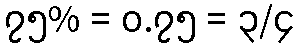
၇၅% = ၀.၇၅ = ၃/၄